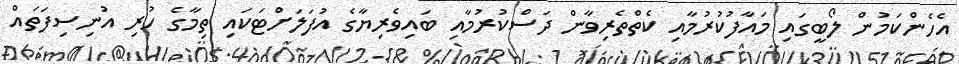
އެހެންކަމުން ލޯބީގައި މައާފުކުރުމާއި ކެތްތެރިވާން ދަސްކުރުމާއި ބައިވެރިޔާގެ އުފަލަށްޓަކައި ތިމާގެ ހުރި އުނިސިފަތައް